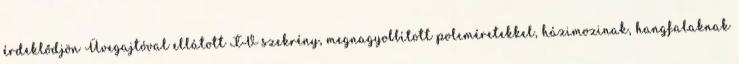
érdeklődjön Üvegajtóval ellátott TV szekrény, megnagyobbított polcméretekkel, házimozinak, hangfalaknak